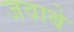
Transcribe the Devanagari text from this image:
जवाबे